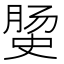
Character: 𭉅